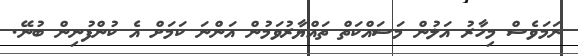
ނަމަވެސް މިހާރު އަލުން މަސައްކަތް ތައްޔާރުވަމުން އަންނަ ކަމަށް އެ ކުންފުނިން ބުނޭ.